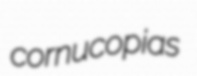
cornucopias